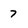
Character: 7